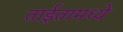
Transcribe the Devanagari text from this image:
ताईतामध्ये